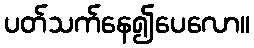
ပတ်သက်နေ၍ပေလော။